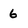
Character: 6